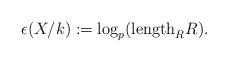
LaTeX: \begin{align*}\epsilon(X/k):=\log_p ({\rm length}_R R). \end{align*}